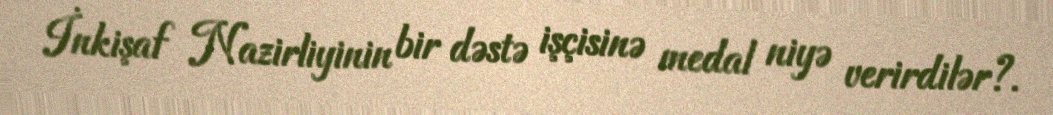
İnkişaf Nazirliyinin bir dəstə işçisinə medal niyə verirdilər?.